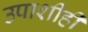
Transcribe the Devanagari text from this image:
उपाशीही